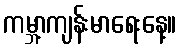
ကမ္ဘာ့ကျန်းမာရေးနေ့။